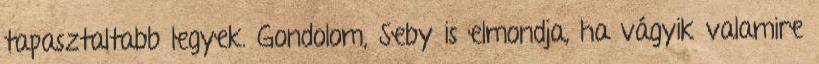
tapasztaltabb legyek. Gondolom, Seby is elmondja, ha vágyik valamire